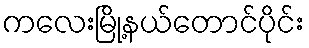
ကလေးမြို့နယ်တောင်ပိုင်း